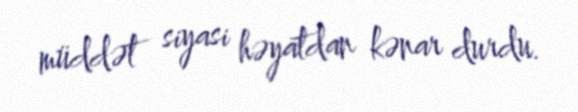
müddət siyasi həyatdan kənar durdu.